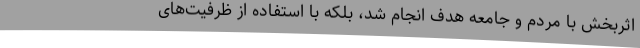
اثربخش با مردم و جامعه هدف انجام شد، بلکه با استفاده از ظرفیت‌های